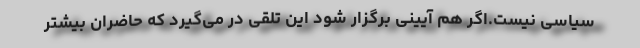
سیاسی نیست.اگر هم آیینی برگزار شود این تلقی در می‌گیرد که حاضران بیشتر